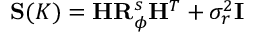
\mathbf { S } ( K ) = \mathbf { H } \mathbf { R } _ { \phi } ^ { s } \mathbf { H } ^ { T } + \sigma _ { r } ^ { 2 } \mathbf { I }